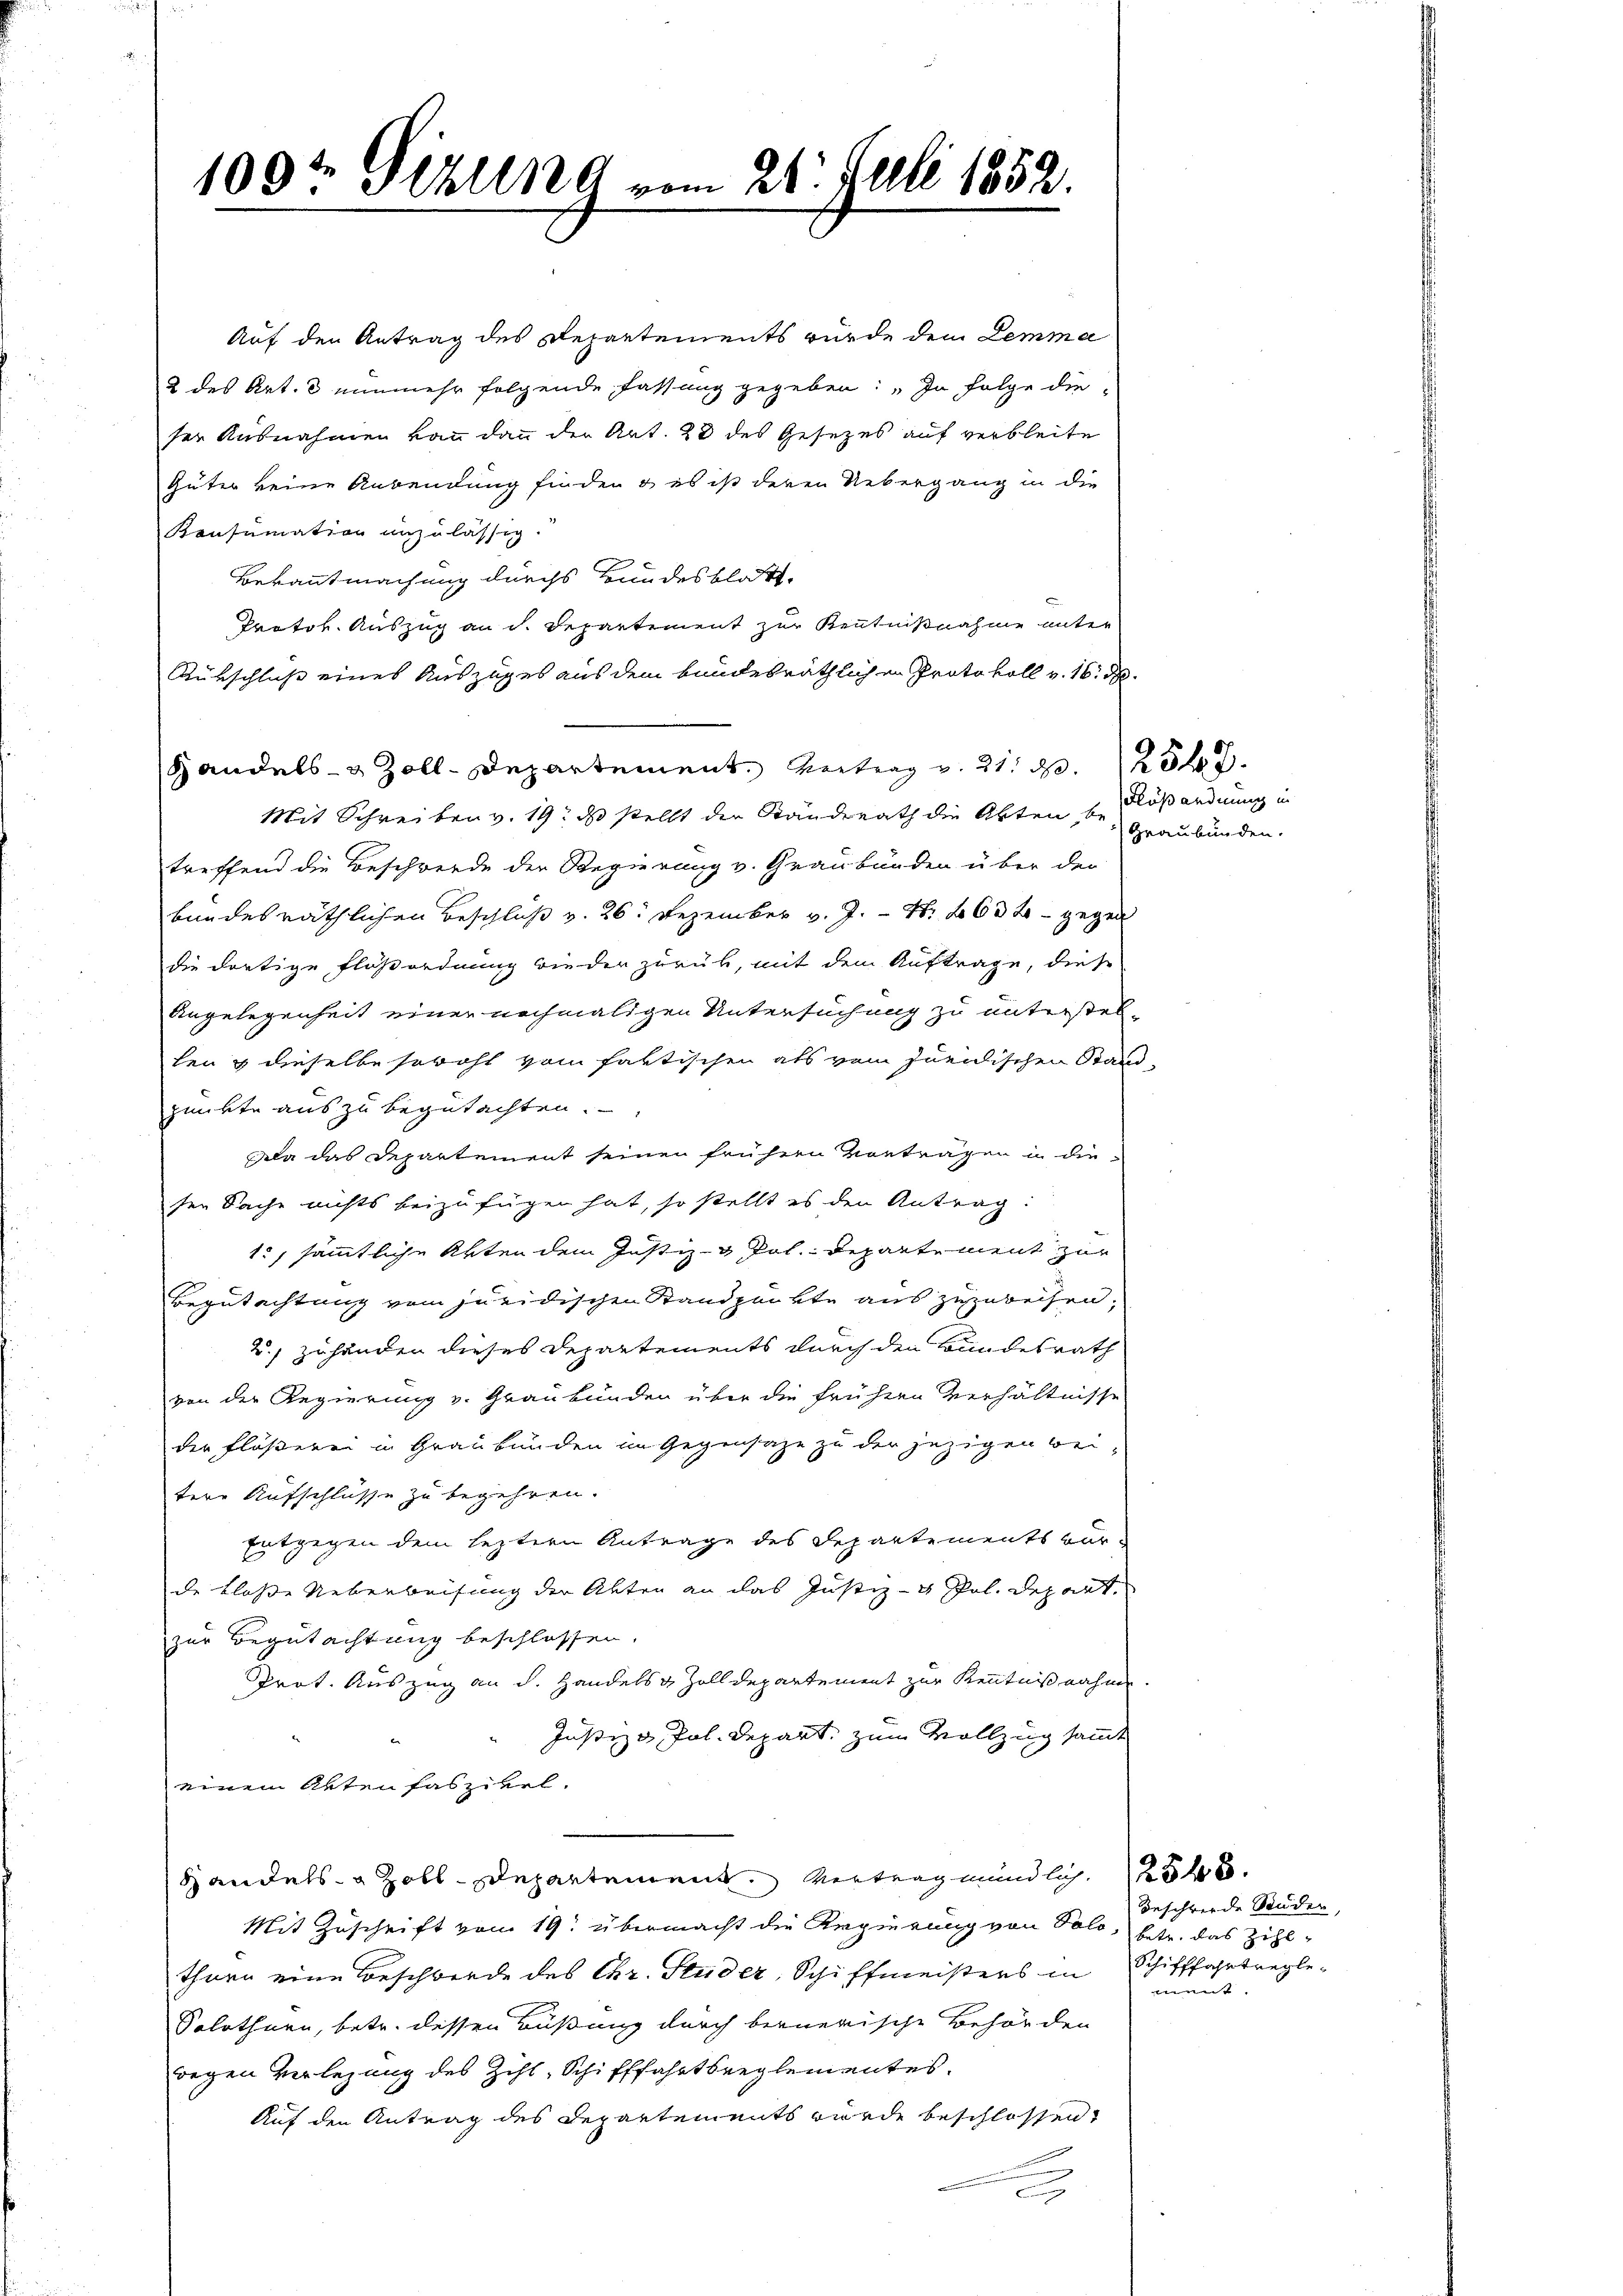
109t Sekung vom 21. Juli 1852.

Auf den Antrag des Departements würde dem Lemma
2 des Art. 8 nunmehr folgende Fassung gegeben: „In Folge die
ser Ausnahmen kann dann der Art. 28 des Gesetzes auf verbleite
Güter keine Anwendung finden & es ist deren Uebergang in die
Konsumation anzulässig.
Bekanntmachung durchs Bundesblatt.
Protok. Auszug an d. Departement zur Kenntnißnahme unter
Rükschluß eines Auszuges aus dem bundesräthlichen Protokoll v. 16. d.
Handels- & Zoll-Departement. Vertrag v. 21. d. 25.
Mit Schreiben v. 19. ds stellt der Standerath die Akten be
treffend die Beschwerde der Regierung v. Graubünden über der
bundesräthlichen Beschluß v. 26. Dezember v. J. N. 1632 - gegen
die dortige Flößordnung wieder zurück, mit dem Auftrage, diese
Angelegenheit einer nochmaligen Untersuchung zu unterstel-
hen & dieselbe sowohl vom faktischen als vom Juridischen Stand-
punkte aus zu begutachten.
ala das Departement seinen frühern Vorträgen in die
sen Sache nichts beizufügen hat, so stellt es den Antrag:
1., sämmtliche Akten dem Justiz- & Pol.- Departement zur
Begutachtung vom juridischen Standpunkte aus zuzuweisen.
2. zuhänden dieses Departements durch den Bundesrath
von der Regierung v. Graubünden über die frühern Verhältnisse
der Flösserei in Graubünden im Gegensaze zu der jezigen Bei-
tere Aufschlüsse zu begehren.
Entgegen dem leztern Antrage des Separtements vor-
de klose Ueberweisung der Akten an das Justiz- & Pol. Depart
zur Begutachtung beschlossen.
Trat. Auszug an d. Handels Zolldepartement zur Kenntnißnahme.
Justiz & Pol. Depart, zum Vollzug sammt
einem Akten faszikel.
Handels- & Zoll-Departement. Vertrag mündlich 25.
Mit Zuschrift vom 19. übermacht die Regierung von Sold, betr. das Zihlthurn eine Beschwerde des Chr. Studer, Schiffmeisters in Schifffahrtregle¬
Solothurn, betr. dessen Büßung durch bernerische Behörden
wegen Verlegung des Zihl, Schifffahrtsreglementes.
Auf den Antrag des Departements wurde beschlossen,
2

Flußandnung in
Graubünden.

Beschwerde Studer,
unent